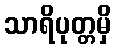
သာရိပုတ္တမှိ